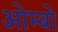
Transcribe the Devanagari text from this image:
ओम्बो